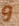
و